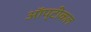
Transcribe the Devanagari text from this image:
ऑप्टीकल